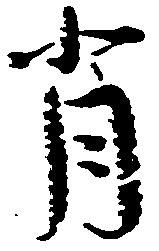
背